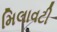
મિલાવટી